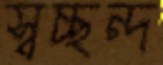
স্বচ্ছন্দ